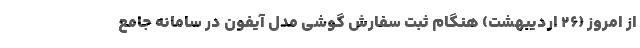
از امروز (۲۶ اردیبهشت) هنگام ثبت سفارش گوشی مدل آیفون در سامانه جامع